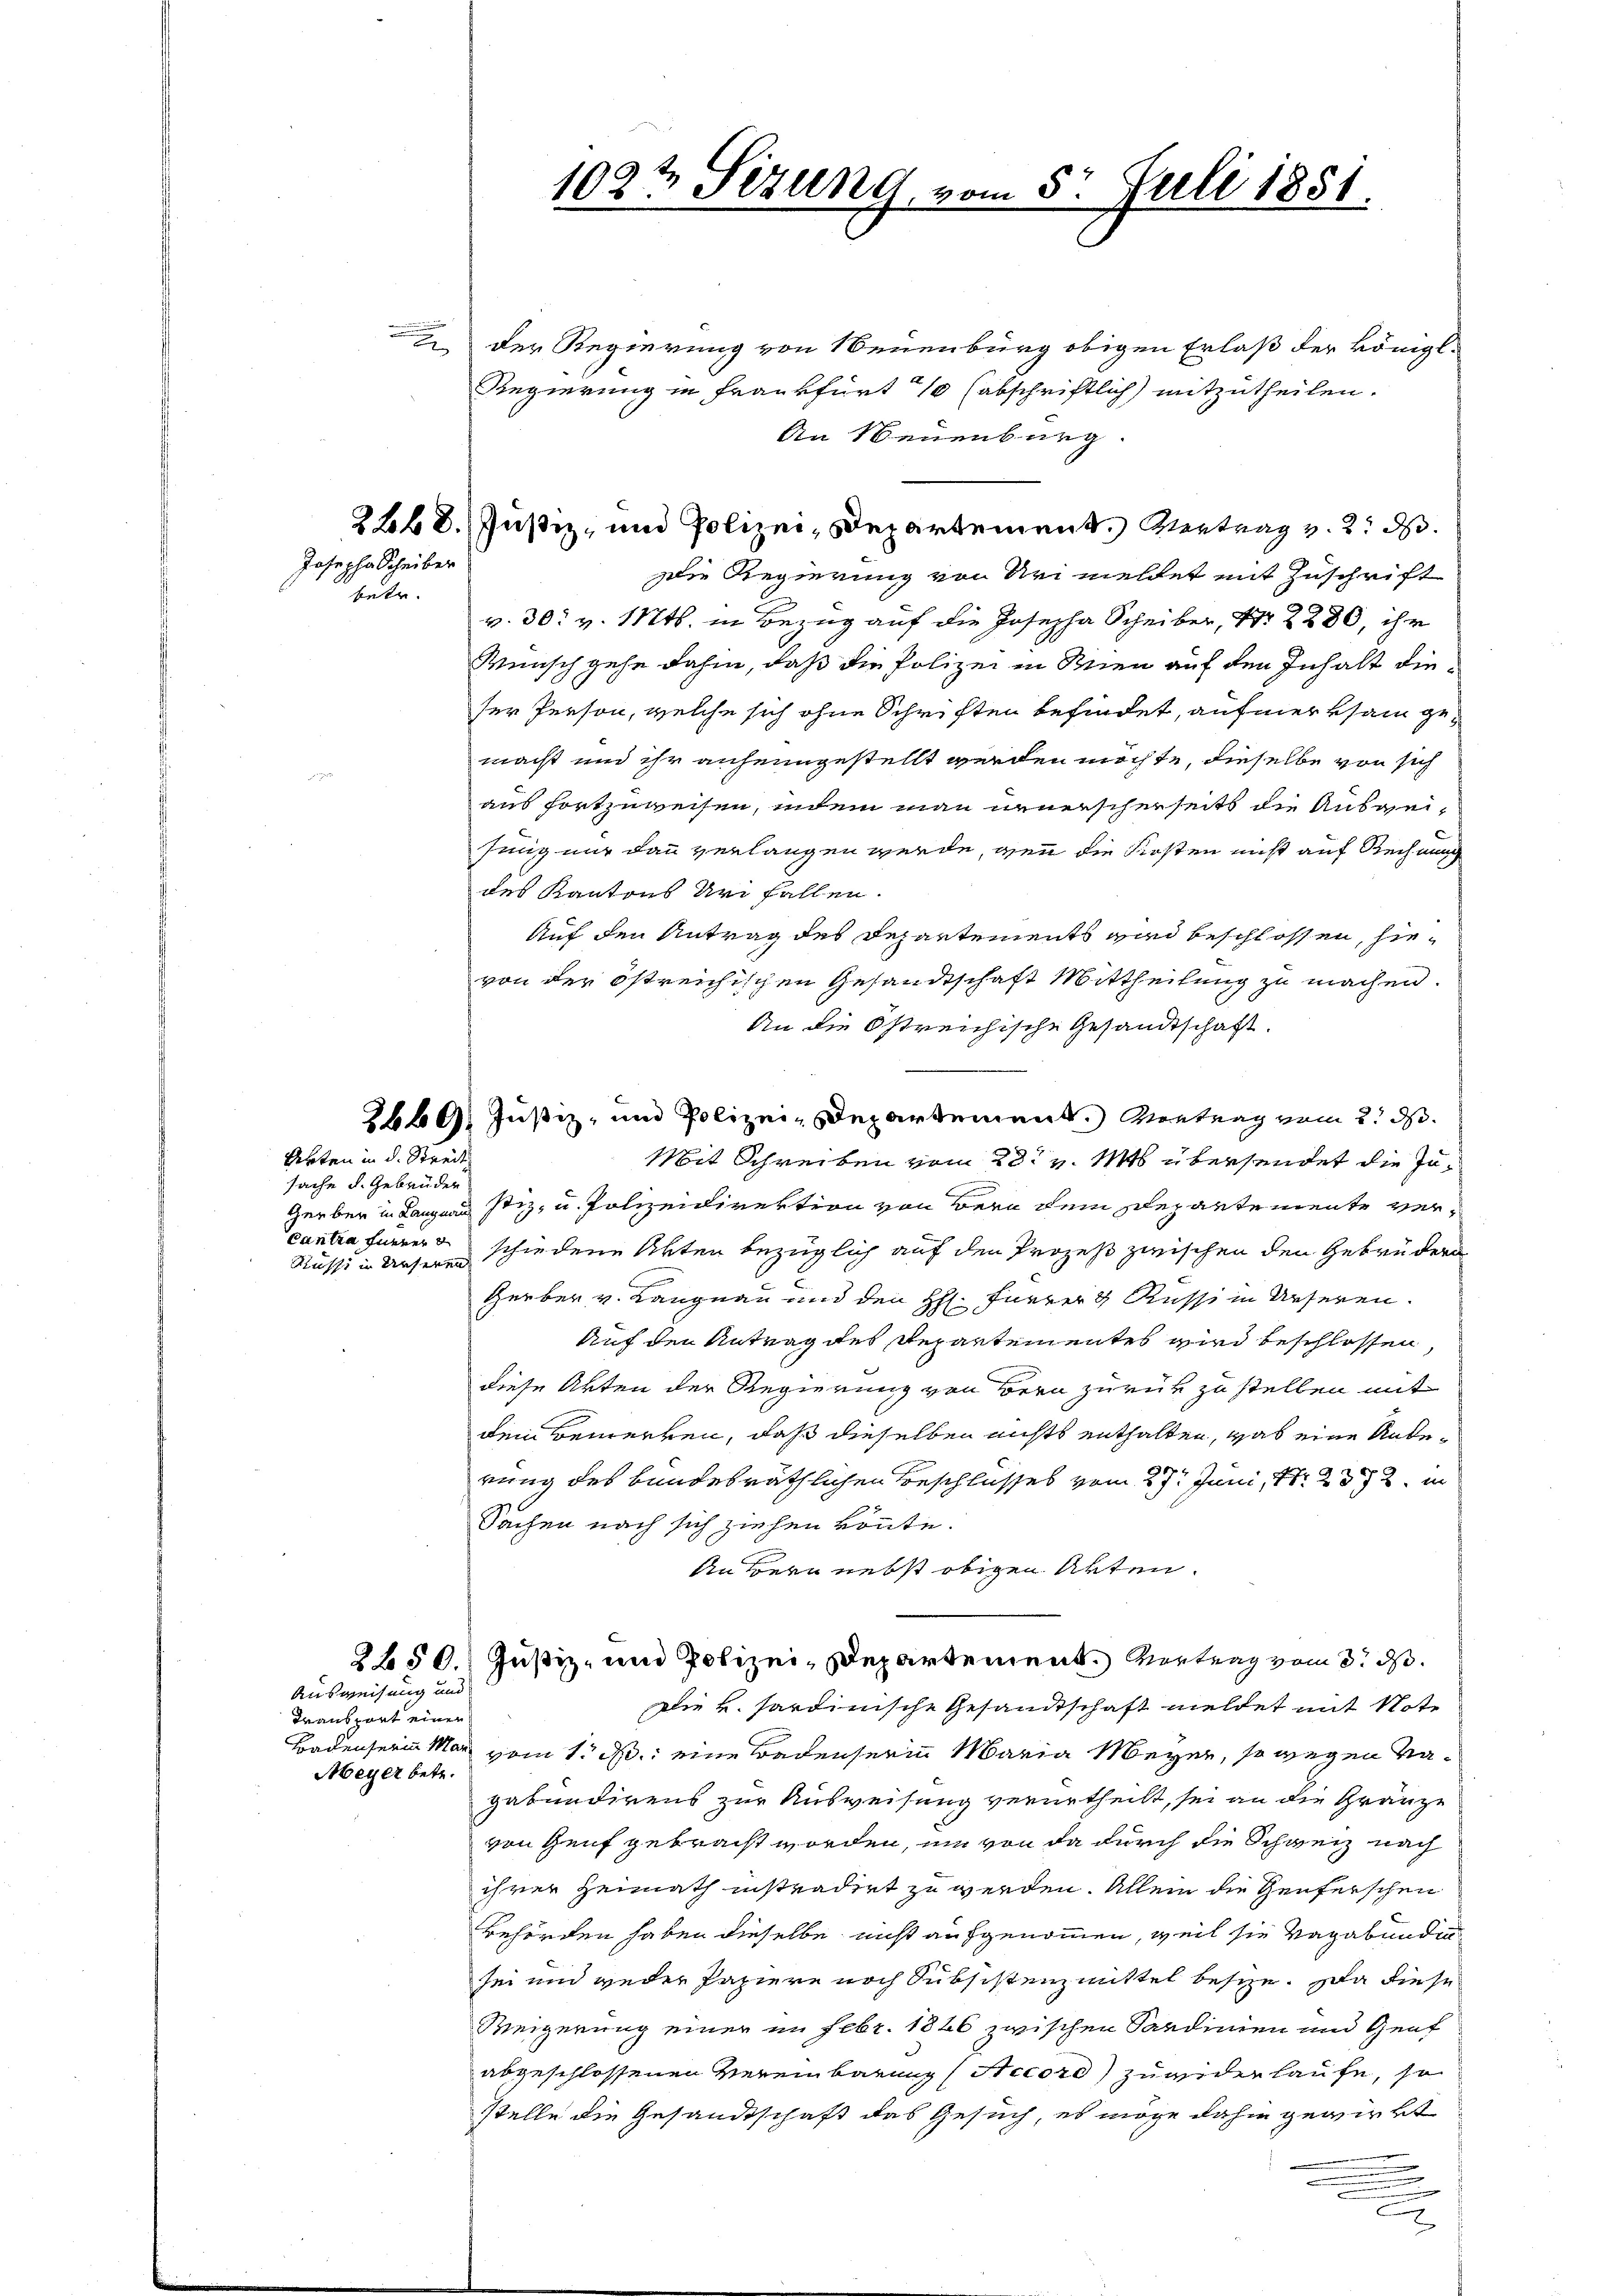
Josepha Scheiber
betr.

Akten in d. Streit

sache d. Gebrüder
Russi in Unseren

Ausweisung und
Transport einer
Meyer betr.

Der Regierung von Neuenburg obigen Erlaß der königl.
Regierung in Frankfurt 10 (abschriftlich) mitzutheilen.
An Neuenburg.
Die Regierung von Uri meldet mit Zuschrift
v. 30. v. Mts. in Bezug auf die Josepha Scheiber, Nr. 2280, ihr
Wunsch gehe dahin, daß die Polizei in Knien auf den Inhalt die
ser Person, welche sich ohne Schriften befindet, aufmerksam gemacht und ihr anheimgestellt werden möchte, dieselbe von sich
aus fortzuweisen, indem man neuerschenseits die Ausgei¬
Jinnig nur dann verlangen werde, wenn die Kosten nicht auf Rechnung
des Kantons Uri fallen.
Auf den Antrag des Departements wird beschlossen, hievon der östreichischen Gesandtschaft Mittheilung zu machen.
An die Östreichische Gesandtschaft.
2669. Justiz- und Polizei-Departement. Montrag vom 2. d.
Mit Schreiben vom 20t v. Mts übersendet die Ju¬
Gerber in Langen stiz, u. Polizeidirektion von Bern dem Departemente vercantra fürner schiedene Akten bezüglich auf den Prozeß zwischen den Gebrüdern
Herber v. Langnau und den H. Furrer & Russi in Urseren.
Auf den Antrag des Repartementes wird beschlossen,
diese Akten der Regierung von Bern zurük zu stellen mit
dem Bemerken, daß dieselben nichts enthalten, was eine Anderung des bundesräthlichen Beschlusses vom 27t Juni 1882 in
Sachen nach sich ziehen könnte.
An Bern nebst obigen Akten.
2450. Justiz- und Polizei-Departement. Vertrag vom 3. ds.
Die v. Sardinische Gesandtschaft meldet mit Note
Bodenserin Mar vom 1. ds. eine Bedeuserinn Maria Meyer, so wegen Nagabundirens zur Ausweisung verurtheilt, sei an die Gränze
von Genf gebracht worden, um von da durch die Schweiz nach
ihrer Heimath instradirt zu werden. Allein die Genferschen
Behörden haben dieselbe nicht aufgenommen, weil sie vagabunden
sei und weder Papiere noch Subsistenzmittel besize. Da diese
Weigerung einer im Febr. 1826 zwischen Sardinien und Genf
abgeschlossenen Vereinbarung (Accord) zuwiderlaufe, so
stelle die Gesandtschaft das Gesuch, es möge dahin gewirkt
d

102t Sezung, vom 5. Juli 1851.

2268. Justiz- und Polizei, Departement. Vertrag v. 2. d.